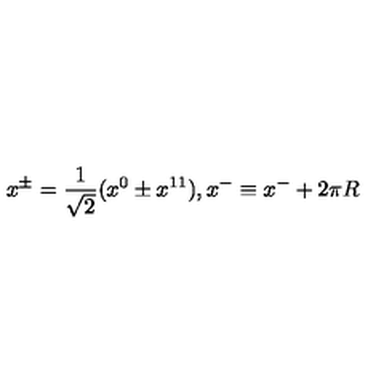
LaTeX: x ^ { \pm } = \frac { 1 } { \sqrt { 2 } } ( x ^ { 0 } \pm x ^ { 1 1 } ) , x ^ { - } \equiv x ^ { - } + 2 \pi R